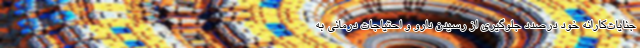
جنایات‌کارانه خود درصدد جلوگیری از رسیدن دارو و احتیاجات درمانی به